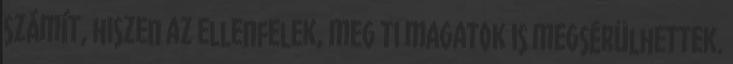
számít, hiszen az ellenfelek, meg ti magatok is megsérülhettek.